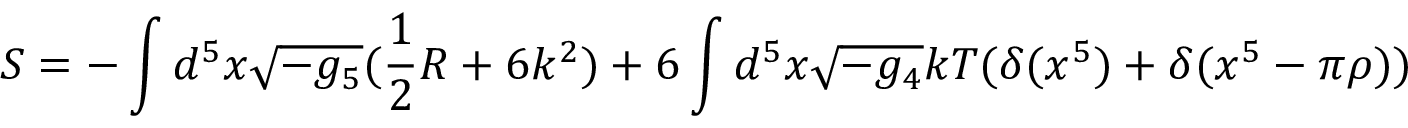
S = - \int d ^ { 5 } x \sqrt { - g _ { 5 } } ( \frac { 1 } { 2 } R + 6 k ^ { 2 } ) + 6 \int d ^ { 5 } x \sqrt { - g _ { 4 } } k T ( \delta ( x ^ { 5 } ) + \delta ( x ^ { 5 } - \pi \rho ) )